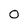
Character: O